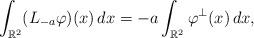
LaTeX: \begin{align*}\int_{\mathbb R^2}(L_{-a}\varphi)(x)\,dx=-a\int_{\mathbb R^2}\varphi^\perp(x)\,dx,\end{align*}